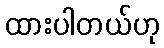
ထားပါတယ်ဟု